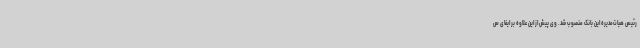
رئیس هیات‌مدیره این بانک منصوب شد. وی پیش از این علاوه بر ایفای س